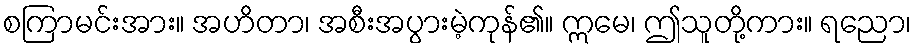
စကြာမင်းအား။ အဟိတာ၊ အစီးအပွားမဲ့ကုန်၏။ ဣမေ၊ ဤသူတို့ကား။ ရညော၊